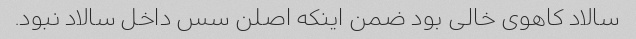
سالاد کاهوی خالی بود ضمن اینکه اصلن سس داخل سالاد نبود.